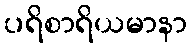
ပရိစာရိယမာနာ